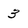
Character: 3